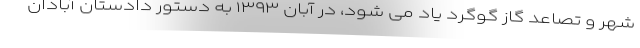
شهر و تصاعد گاز گوگرد یاد می شود، در آبان ۱۳۹۳ به دستور دادستان آبادان